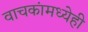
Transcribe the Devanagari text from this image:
वाचकांमध्येही